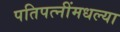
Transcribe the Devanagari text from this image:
पतिपत्‍नींमधल्या